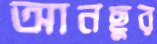
আনছুর